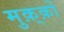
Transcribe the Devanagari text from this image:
मुक़्क़ों